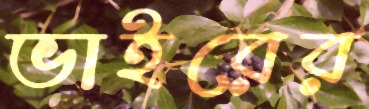
ভাইরের